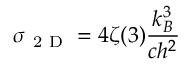
\sigma _ { \mathrm { ~ 2 ~ D ~ } } = 4 \zeta ( 3 ) \frac { k _ { B } ^ { 3 } } { c h ^ { 2 } }